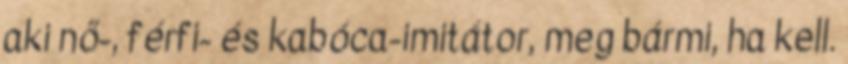
aki nő-, férfi- és kabóca-imitátor, meg bármi, ha kell.